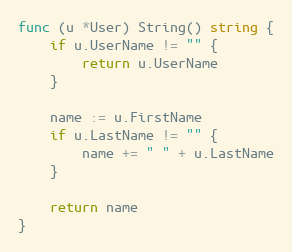
Language: Go
func (u *User) String() string {
	if u.UserName != "" {
		return u.UserName
	}

	name := u.FirstName
	if u.LastName != "" {
		name += " " + u.LastName
	}

	return name
}